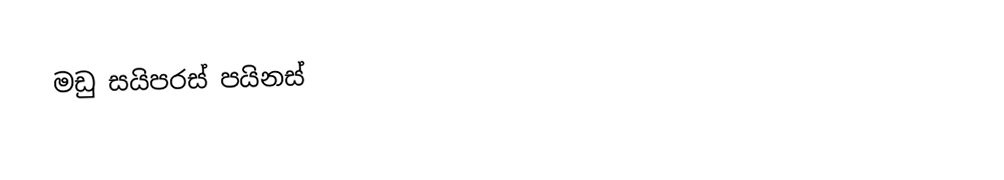
මඩු  සයිපරස් පයිනස්